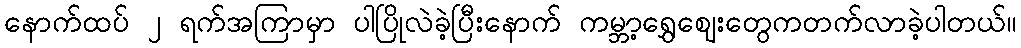
နောက်ထပ် ၂ ရက်အကြာမှာ ပါပြိုလဲခဲ့ပြီးနောက် ကမ္ဘာ့ရွှေဈေးတွေကတက်လာခဲ့ပါတယ်။